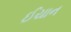
ઈયાન